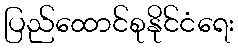
ပြည်ထောင်စုနိုင်ငံရေး